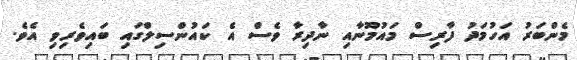
މެންބަރު އަހުމަދު ފާރިސް މައުމޫނާއި ނާދިރާ ވެސް އެ ކައުންސިލްގައި ބައިވެރިވި އެވެ.